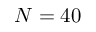
N = 4 0